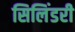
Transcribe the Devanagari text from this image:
सिलिंडरी